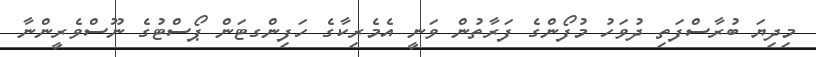
މިދިޔަ ބުރާސްފަތި ދުވަހު މުފޯންގެ ފަރާތުން ވަނީ އެމެރިކާގެ ހަފިންގޓަން ޕޯސްޓުގެ ނޫސްވެރީންނާ